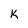
Character: k